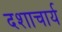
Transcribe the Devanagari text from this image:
दशाचार्य